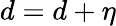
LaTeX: d=d+\eta